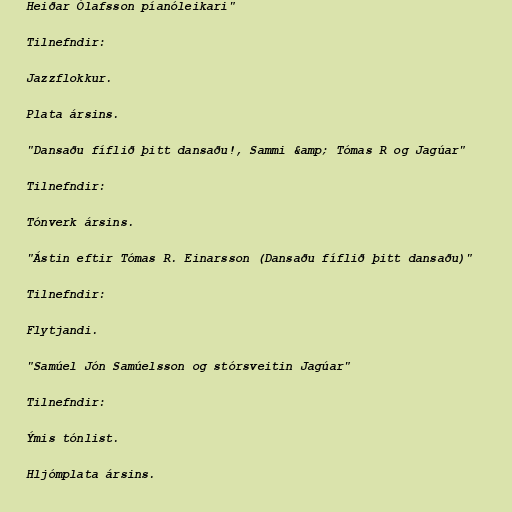
Heiðar Ólafsson píanóleikari"

Tilnefndir:

Jazzflokkur.

Plata ársins.

"Dansaðu fíflið þitt dansaðu!, Sammi &amp; Tómas R og Jagúar"

Tilnefndir:

Tónverk ársins.

"Ástin eftir Tómas R. Einarsson (Dansaðu fíflið þitt dansaðu)"

Tilnefndir:

Flytjandi.

"Samúel Jón Samúelsson og stórsveitin Jagúar"

Tilnefndir:

Ýmis tónlist.

Hljómplata ársins.